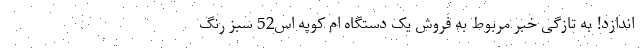
اندازد! به تازگی خبر مربوط به فروش یک دستگاه ام کوپه اس52 سبز رنگ